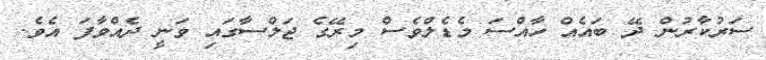
ސަރުކާރުން ދޭ ބައެއް ހާއްސަ މެޑެލްވެސް މިރޭގެ ޖަލްސާގައި ވަނީ ދެއްވާފަ އެވެ.